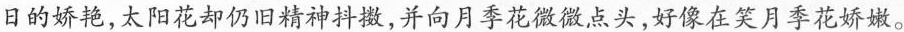
日的娇艳，太阳花却仍旧精神抖擞，并向月季花微微点头，好像在笑月季花娇嫩。